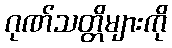
ဂုဏ်သတ္တိများကို